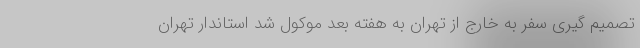
تصمیم گیری سفر به خارج از تهران به هفته بعد موکول شد استاندار تهران